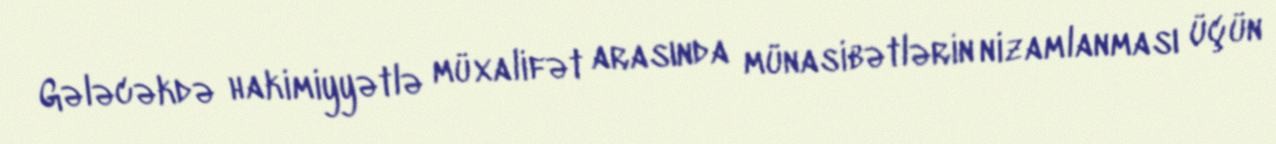
Gələcəkdə hakimiyyətlə müxalifət arasında münasibətlərin nizamlanması üçün